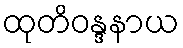
ထုတိဝန္ဒနာယ